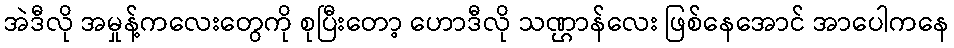
အဲဒီလို အမှုန့်ကလေးတွေကို စုပြီးတော့ ဟောဒီလို သဏ္ဌာန်လေး ဖြစ်နေအောင် အာပေါကနေ